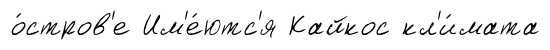
о́стров'е Им'е́ютс'я Кайкос кл'и́мата